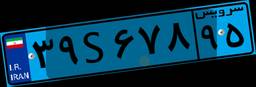
۶۸S۲۹۵۳۵